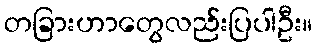
တခြားဟာတွေလည်းပြပါဦး။